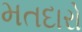
મતદારો